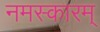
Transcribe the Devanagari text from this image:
नमस्कारम्